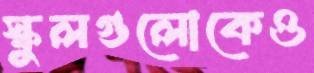
স্কুলগুলোকেও